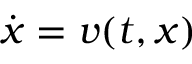
{ \dot { \boldsymbol { x } } } = { \boldsymbol { v } } ( t , { \boldsymbol { x } } )